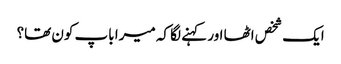
ایک شخص اٹھا اور کہنے لگا کہ میرا باپ کون تھا؟